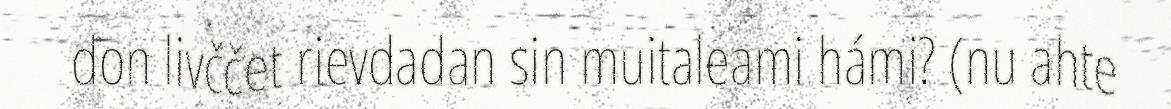
don livččet rievdadan sin muitaleami hámi? (nu ahte